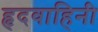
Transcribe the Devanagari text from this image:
हृदवाहिनी